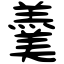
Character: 羹